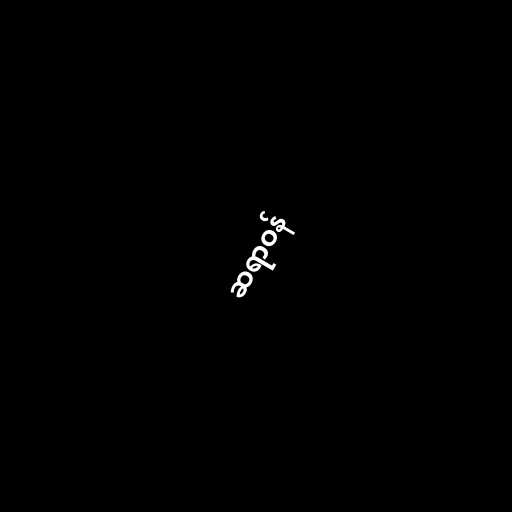
ဆရာဝန်